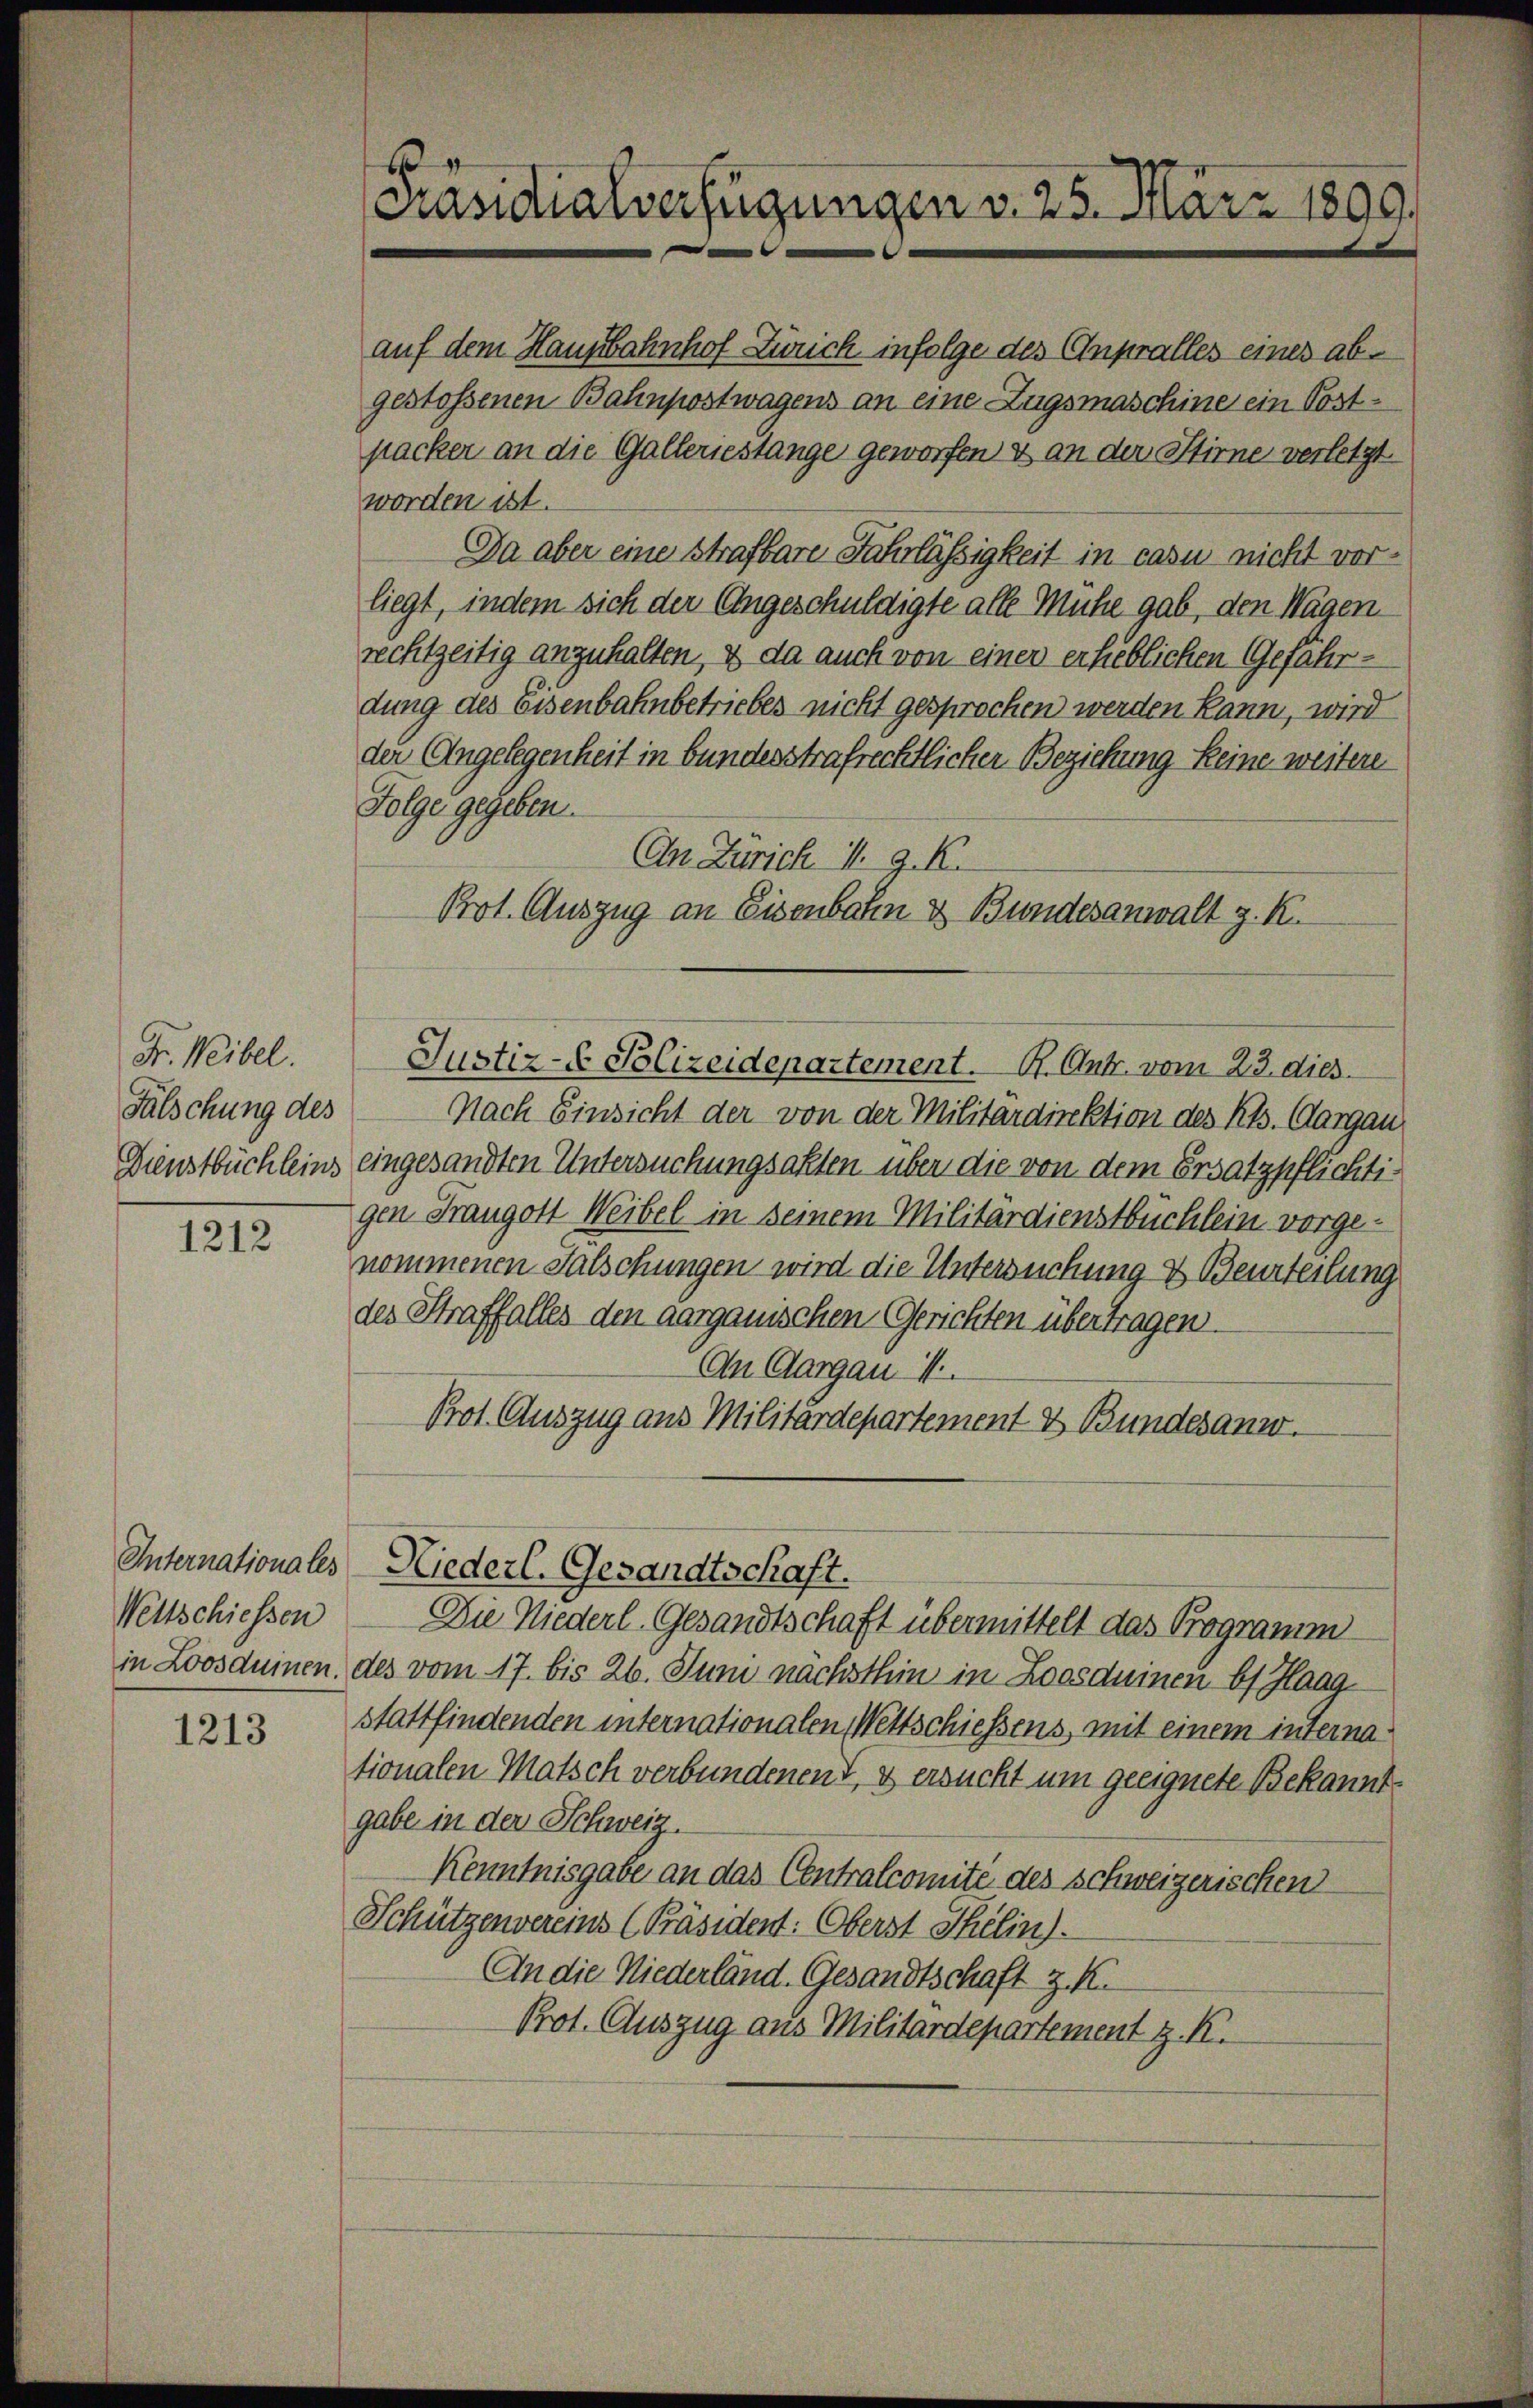
Fr. Weibel.

1212

Wettschiessen

1213

Präsidialverfügungen v. 25. März 1890.

Cn Zürich P. G. K.
Prot. Auszug an Eisenbahn & Bundesanwalt z. R.
Justiz-C Polizeidepartement. K. Antr. vom 23. dies
Fälschung des Nach Einsicht der von der Militardirektion des Kts. Aargau
Dienstbüchleins eingesandten Untersuchungsakten über die von dem Ersatzpflichtigen Frangott Weibel in seinem Militärdienstbüchlein vorgenommenen Falschungen wird die Untersuchung & Beurteilung
des Straffalles den aargauischen Gerichten übertragen.
An Aargau 1
Prot. Auszug aus Militärdepartement & Bundesanw

auf dem Hausbahnhof Zürich infolge des Anpralles eines abgestossenen Bahnpostwagens an eine Zugsmaschine ein Postpacker an die Galleriestange geworfen & an der Stirne verletzt.
worden ist.
Da aber eine strafbare Fahrlässigkeit in casu nicht vorliegt, indem sich der Angeschuldigte alle Mühe gab, den Wagen
rechtzeitig anzuhalten, & da auch von einer erlieblichen Gefährdung des Eisenbahnbetriebes nicht gesprochen werden kann, wird
der Angelegenheit in bundesstrafrechtlicher Beziehung keine weitere
Folge gegeben.

Internationales Niederl. Gesandtschaft.
Die Niederl. Gesandtschaft übermittelt das Programm

in Loosduinen des vom 17. bis 26. Juni nächsthin in Loosduinen bei Haagstattfindenden internationalen Wettschiessens, mit einem internationalen Matsch verbundenent, & ersucht um geeignete Bekanntgabe in der Schweiz.
Kenntnisgabe an das Centralcomité des Schweizerischen
Schützenvereins Präsident: Oberst Thelin.
An die Niederländ. Gesandtschaft z. K.
Prot. Auszug aus Militardepartement z. K.